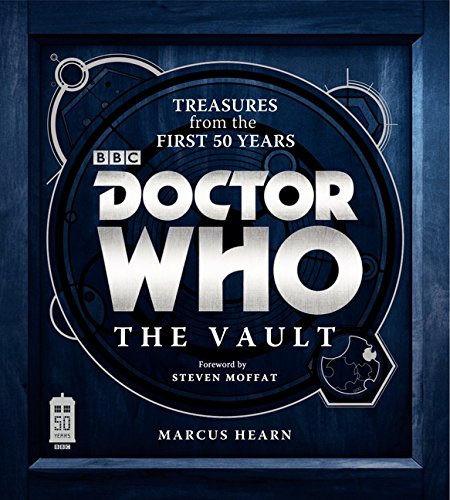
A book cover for Doctor Who: The Vault: Treasures from the First 50 Years; Marcus Hearn; Humor & Entertainment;